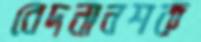
বেদনানশক